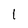
Character: 1